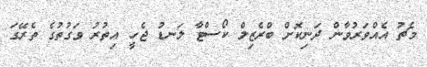
މެޗު އެއްވަރުވާން ދަނިކޮށް ބްރެޒިލް ކޯސްޓާ ލަނޑު ޖެހީ އިތުރު ވަގުތުގެ ތެރޭގަ